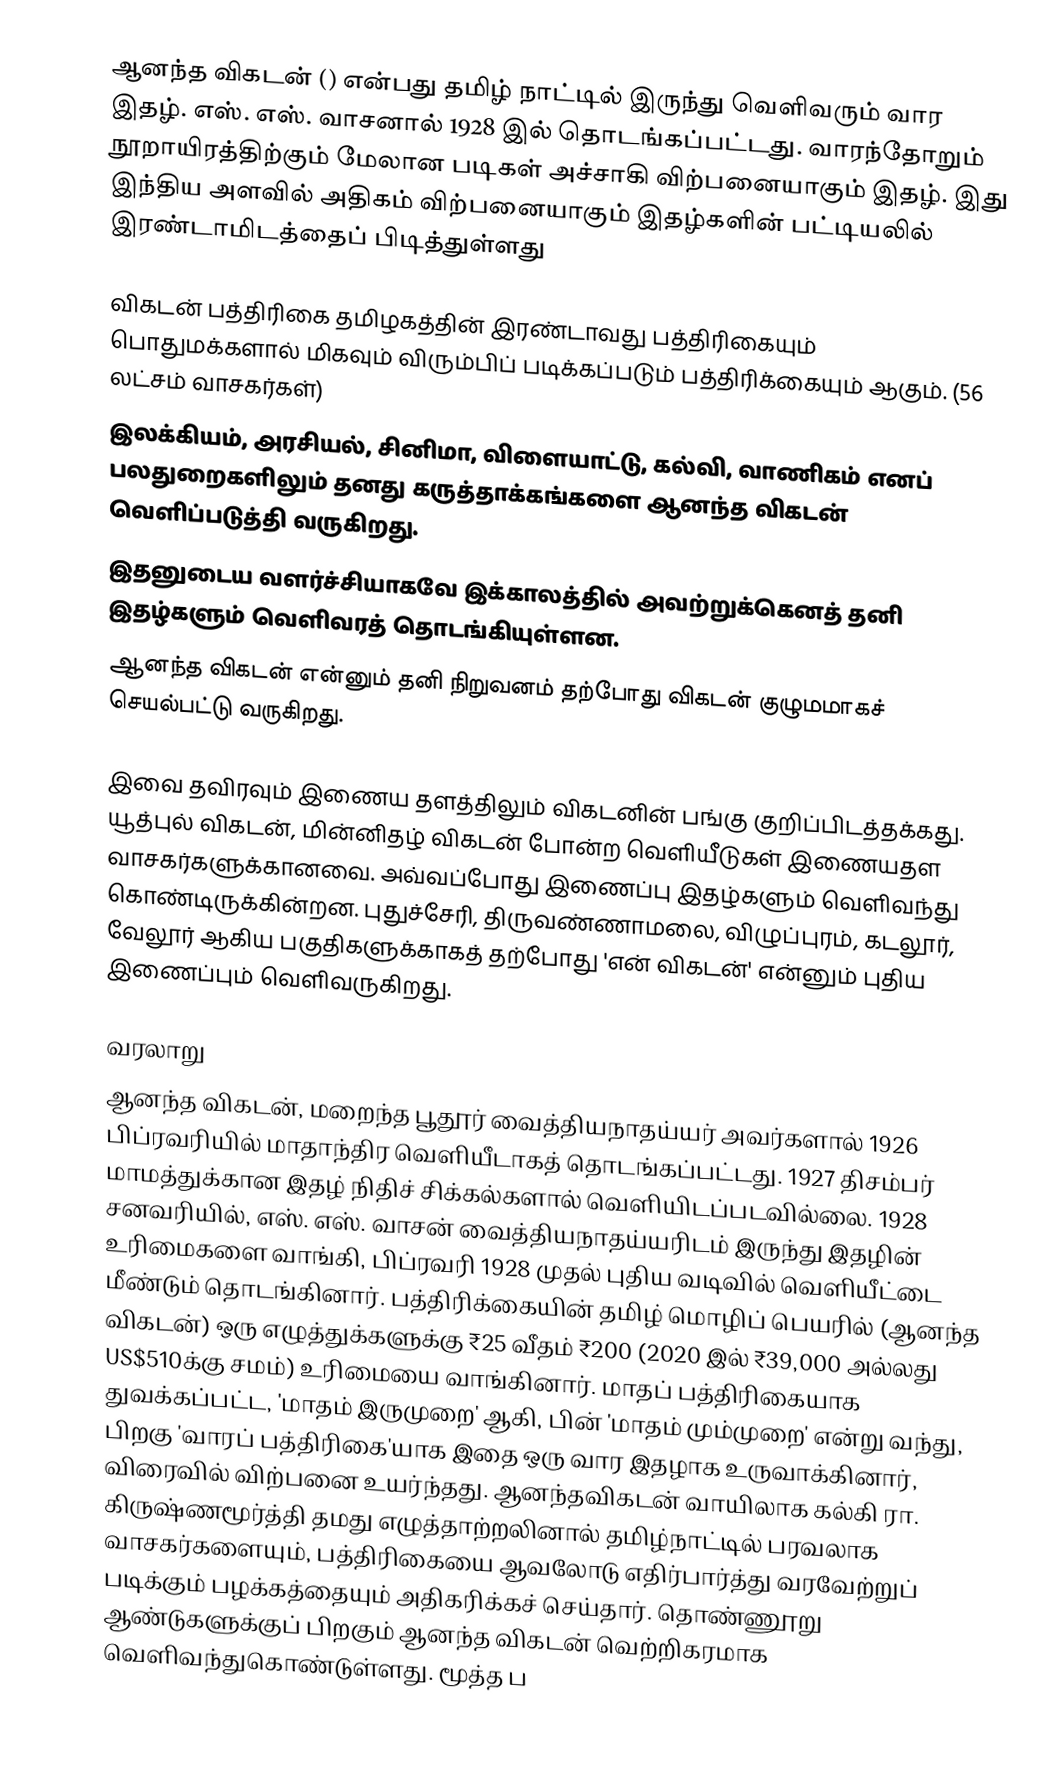
ஆனந்த விகடன் () என்பது தமிழ் நாட்டில் இருந்து வெளிவரும் வார இதழ். எஸ். எஸ். வாசனால் 1928 இல் தொடங்கப்பட்டது. வாரந்தோறும் நூறாயிரத்திற்கும் மேலான படிகள் அச்சாகி விற்பனையாகும் இதழ். இது இந்திய அளவில் அதிகம் விற்பனையாகும் இதழ்களின் பட்டியலில் இரண்டாமிடத்தைப் பிடித்துள்ளது

விகடன் பத்திரிகை தமிழகத்தின் இரண்டாவது பத்திரிகையும் பொதுமக்களால் மிகவும் விரும்பிப் படிக்கப்படும் பத்திரிக்கையும் ஆகும். (56 லட்சம் வாசகர்கள்)
இலக்கியம், அரசியல், சினிமா, விளையாட்டு, கல்வி, வாணிகம் எனப் பலதுறைகளிலும் தனது கருத்தாக்கங்களை  ஆனந்த விகடன்  வெளிப்படுத்தி  வருகிறது.
இதனுடைய வளர்ச்சியாகவே இக்காலத்தில் அவற்றுக்கெனத் தனி இதழ்களும் வெளிவரத் தொடங்கியுள்ளன.
ஆனந்த  விகடன் என்னும் தனி  நிறுவனம் தற்போது விகடன் குழுமமாகச் செயல்பட்டு வருகிறது.

இவை தவிரவும் இணைய தளத்திலும் விகடனின் பங்கு குறிப்பிடத்தக்கது. யூத்புல் விகடன், மின்னிதழ் விகடன் போன்ற வெளியீடுகள் இணையதள வாசகர்களுக்கானவை. அவ்வப்போது இணைப்பு இதழ்களும் வெளிவந்து கொண்டிருக்கின்றன. புதுச்சேரி, திருவண்ணாமலை, விழுப்புரம், கடலூர், வேலூர் ஆகிய பகுதிகளுக்காகத் தற்போது 'என் விகடன்' என்னும் புதிய இணைப்பும் வெளிவருகிறது.

வரலாறு
ஆனந்த விகடன், மறைந்த பூதூர் வைத்தியநாதய்யர் அவர்களால் 1926 பிப்ரவரியில் மாதாந்திர வெளியீடாகத் தொடங்கப்பட்டது. 1927 திசம்பர் மாமத்துக்கான இதழ் நிதிச் சிக்கல்களால் வெளியிடப்படவில்லை. 1928 சனவரியில், எஸ். எஸ். வாசன் வைத்தியநாதய்யரிடம் இருந்து இதழின் உரிமைகளை வாங்கி, பிப்ரவரி 1928 முதல் புதிய வடிவில் வெளியீட்டை மீண்டும் தொடங்கினார். பத்திரிக்கையின் தமிழ் மொழிப் பெயரில் (ஆனந்த விகடன்) ஒரு எழுத்துக்களுக்கு ₹25 வீதம் ₹200 (2020 இல் ₹39,000 அல்லது US$510க்கு சமம்) உரிமையை வாங்கினார். மாதப் பத்திரிகையாக துவக்கப்பட்ட, 'மாதம் இருமுறை' ஆகி, பின் 'மாதம் மும்முறை' என்று வந்து, பிறகு 'வாரப் பத்திரிகை'யாக இதை ஒரு வார இதழாக உருவாக்கினார், விரைவில் விற்பனை உயர்ந்தது. ஆனந்தவிகடன் வாயிலாக கல்கி ரா. கிருஷ்ணமூர்த்தி தமது எழுத்தாற்றலினால் தமிழ்நாட்டில் பரவலாக வாசகர்களையும், பத்திரிகையை ஆவலோடு எதிர்பார்த்து வரவேற்றுப் படிக்கும் பழக்கத்தையும் அதிகரிக்கச் செய்தார். தொண்ணூறு ஆண்டுகளுக்குப் பிறகும் ஆனந்த விகடன் வெற்றிகரமாக வெளிவந்துகொண்டுள்ளது. மூத்த ப